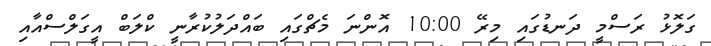
ގަލޮޅު ރަސްމީ ދަނޑުގައި މިރޭ 10:00 އޮންނަ މެޗްގައި ބައްދަލުކުރާނީ ކްލަބް އީގަލްސްއާއި